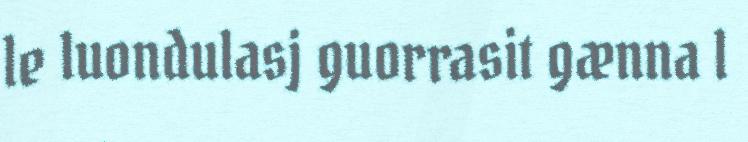
le luondulasj guorrasit gænna l